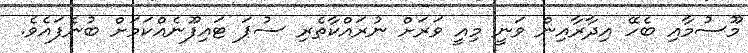
މޫސުމާއި ބެހޭ އިދާރާއިން ވަނީ މިއީ ވަރަށް ނުރައްކާތެރި ސުޕަ ޓައިފޫނެއްކަމަށް ބުނެފައެވެ.